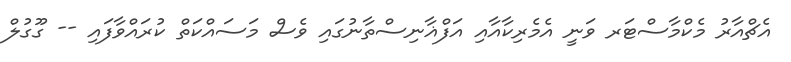
އެޗްއާރު މެކްމާސްޓަރ ވަނީ އެމެރިކާއާއި އަފްޣާނިސްތާނުގައި ވެސް މަސައްކަތް ކުރައްވާފައި -- ގޫގުލް